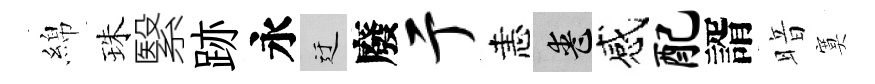
綿珠繄跡永迂廢亍恚喪感配諝暗寞